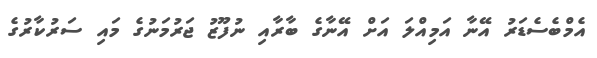
އެމްބެސެޑަރު އޭނާ އަމިއްލަ އަށް އޭނާގެ ބާރާއި ނުފޫޒު ޖަރުމަނުގެ މައި ސަރުކާރުގެ